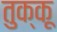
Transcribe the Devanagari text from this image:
तुक्कू